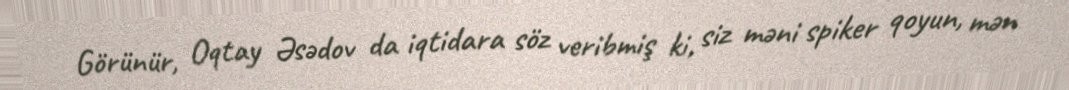
Görünür, Oqtay Əsədov da iqtidara söz veribmiş ki, siz məni spiker qoyun, mən